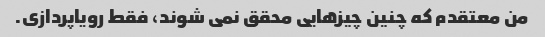
من معتقدم که چنین چیزهایی محقق نمی شوند، فقط رویاپردازی.